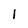
Character: I